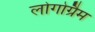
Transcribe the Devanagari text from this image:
लोगोग्रैम